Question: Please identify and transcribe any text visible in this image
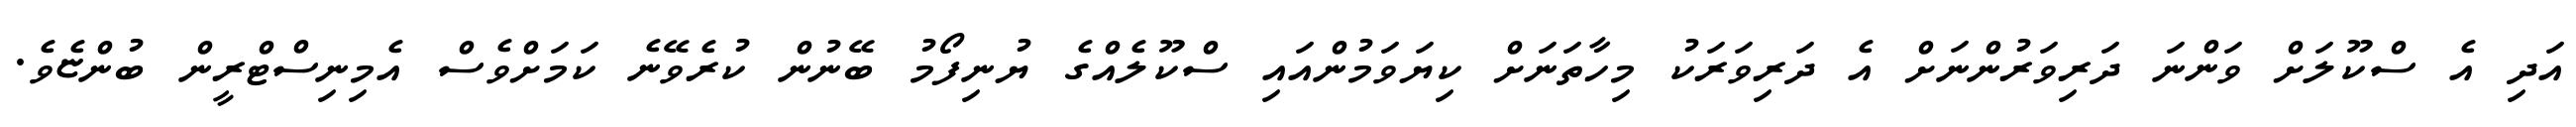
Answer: އަދި އެ ސްކޫލަށް ވަންނަ ދަރިވަރުންނަށް އެ ދަރިވަރަކު މިހާތަނަށް ކިޔަވަމުންއައި ސްކޫލެއްގެ ޔުނިފޯމު ބޭނުން ކުރެވޭނެ ކަމަށްވެސް އެމިނިސްޓްރީން ބުންޏެވެ.